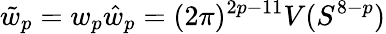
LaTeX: \tilde{w}_{p}=w_{p}\hat{w}_{p}=(2\pi)^{2p-11}V(S^{8-p})